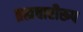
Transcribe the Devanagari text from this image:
ब्रह्मचारीरूप